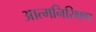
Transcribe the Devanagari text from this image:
आत्मनिरिक्षण